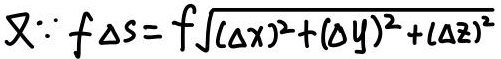
又\(\because f\Delta s = f\sqrt{(\Delta x)^{2}+(\Delta y)^{2}+(\Delta z)^{2}}\)